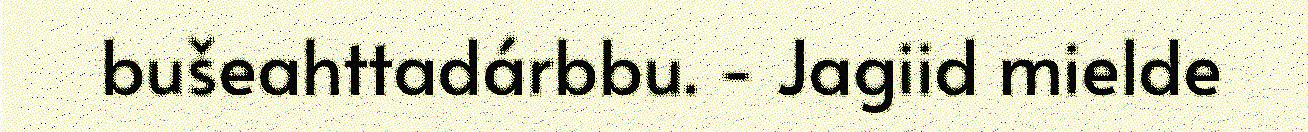
bušeahttadárbbu. - Jagiid mielde